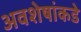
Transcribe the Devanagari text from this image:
अवशेषांकडे